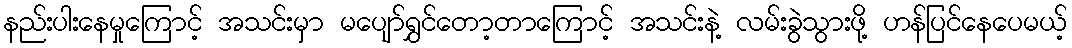
နည်းပါးနေမှုကြောင့် အသင်းမှာ မပျော်ရွှင်တော့တာကြောင့် အသင်းနဲ့ လမ်းခွဲသွားဖို့ ဟန်ပြင်နေပေမယ့်